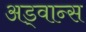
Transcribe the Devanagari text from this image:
अड्वान्स